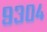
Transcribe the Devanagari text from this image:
९३०४